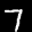
Label: 7